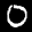
Label: 0